system: You are a helpful assistant.
user:
Analyze the provided spectrum to determine if it is a **M-type Giant (gM)**.

A M-type Giant spectrum is defined by its **strong molecular absorption** features, particularly from **Titanium Oxide (TiO)**. You must check for one of the following mutually exclusive signatures:

- **Key Visual Indicators (Absorption-Dominated Spectrum):**

    - **(Primary):** The spectrum is dominated by strong molecular absorption from **Titanium Oxide (TiO)**. This is the **defining feature** of its M-type temperature class.
        - **(Key Bandheads):** Look for sharp, "saw-tooth" absorption valleys. The strongest are located near **~7050 Å**, **~6160 Å**, and **~5170 Å**.
        - **(Line Profile):** The "saw-tooth" morphology is critical: a **sharp, steep drop on the BLUE (short-wavelength) side** of the bandhead, followed by a gradual recovery (rising flux) towards the RED (long-wavelength) side.

    - **(Key Confirmation - Giant vs. Dwarf):** **ABSENCE** of strong **Calcium Hydride (CaH)** molecular bands. This is the primary diagnostic for *excluding* M-dwarfs.
        - **(Key Region):** The spectrum should lack the strong, broad absorption band seen in dwarfs between **~6800 Å and ~7000 Å**.

    - **(Secondary Confirmation - Giant):** A very strong and broad **Neutral Calcium (Ca I)** atomic absorption line.
        - **(Key Line):** Located at **~4226 Å**. In a giant (gM), this line is significantly deeper and broader than the same line in an M-dwarf (dM) due to low surface gravity.

    - **(Overall Spectrum):**
        - The continuum is **extremely red-sloping** (i.e., flux is very low in the blue and rises dramatically towards the red).
        - The entire spectrum appears "chopped up" by the deep TiO bands.

Think first, call **spectral_visualization_tool** if needed to examine features in detail, then provide your final answer. Your response must adhere to the following strict rules:
1.  **Overall Structure:** Your response must follow the format `<think>...</think> <tool_call>...</tool_call> (if a tool is used) <answer>...</answer>`.
2.  **Tool Usage Constraint:** You may only make **one** tool call per turn.
3.  **Final Answer Format:** In the `<answer>` tag, your conclusion must be inside a `\boxed{}` command (e.g., `\boxed{YES}` or `\boxed{NO}`), followed by your justification.

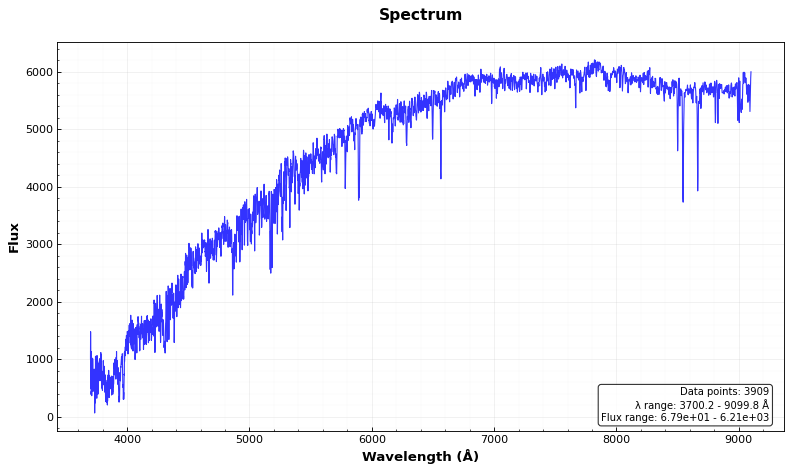
Answer: NO